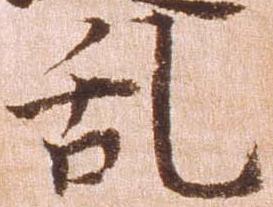
乱